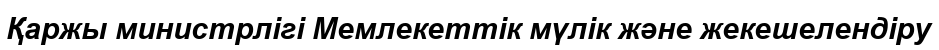
Қаржы министрлігі Мемлекеттік мүлік және жекешелендіру